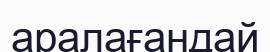
аралағандай